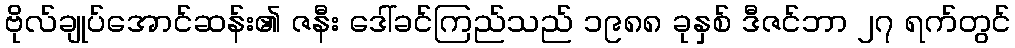
ဗိုလ်ချုပ်အောင်ဆန်း၏ ဇနီး ဒေါ်ခင်ကြည်သည် ၁၉၈၈ ခုနှစ် ဒီဇင်ဘာ ၂၇ ရက်တွင်